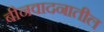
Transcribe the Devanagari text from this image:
बीनवादनातील